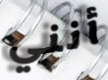
أنني